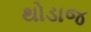
થોડાજ